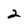
Character: 2